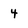
Character: 4